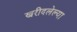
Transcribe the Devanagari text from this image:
खरीदलेल्या